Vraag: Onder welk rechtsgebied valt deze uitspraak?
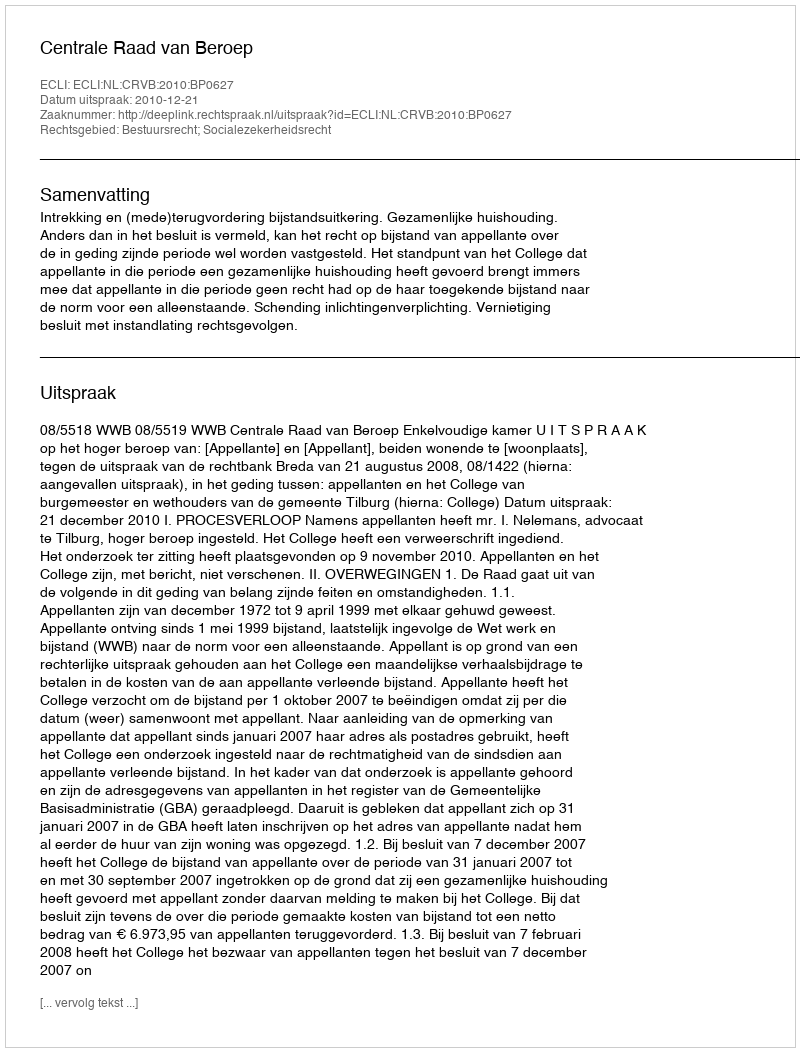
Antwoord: Bestuursrecht; Socialezekerheidsrecht